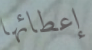
إعطائها